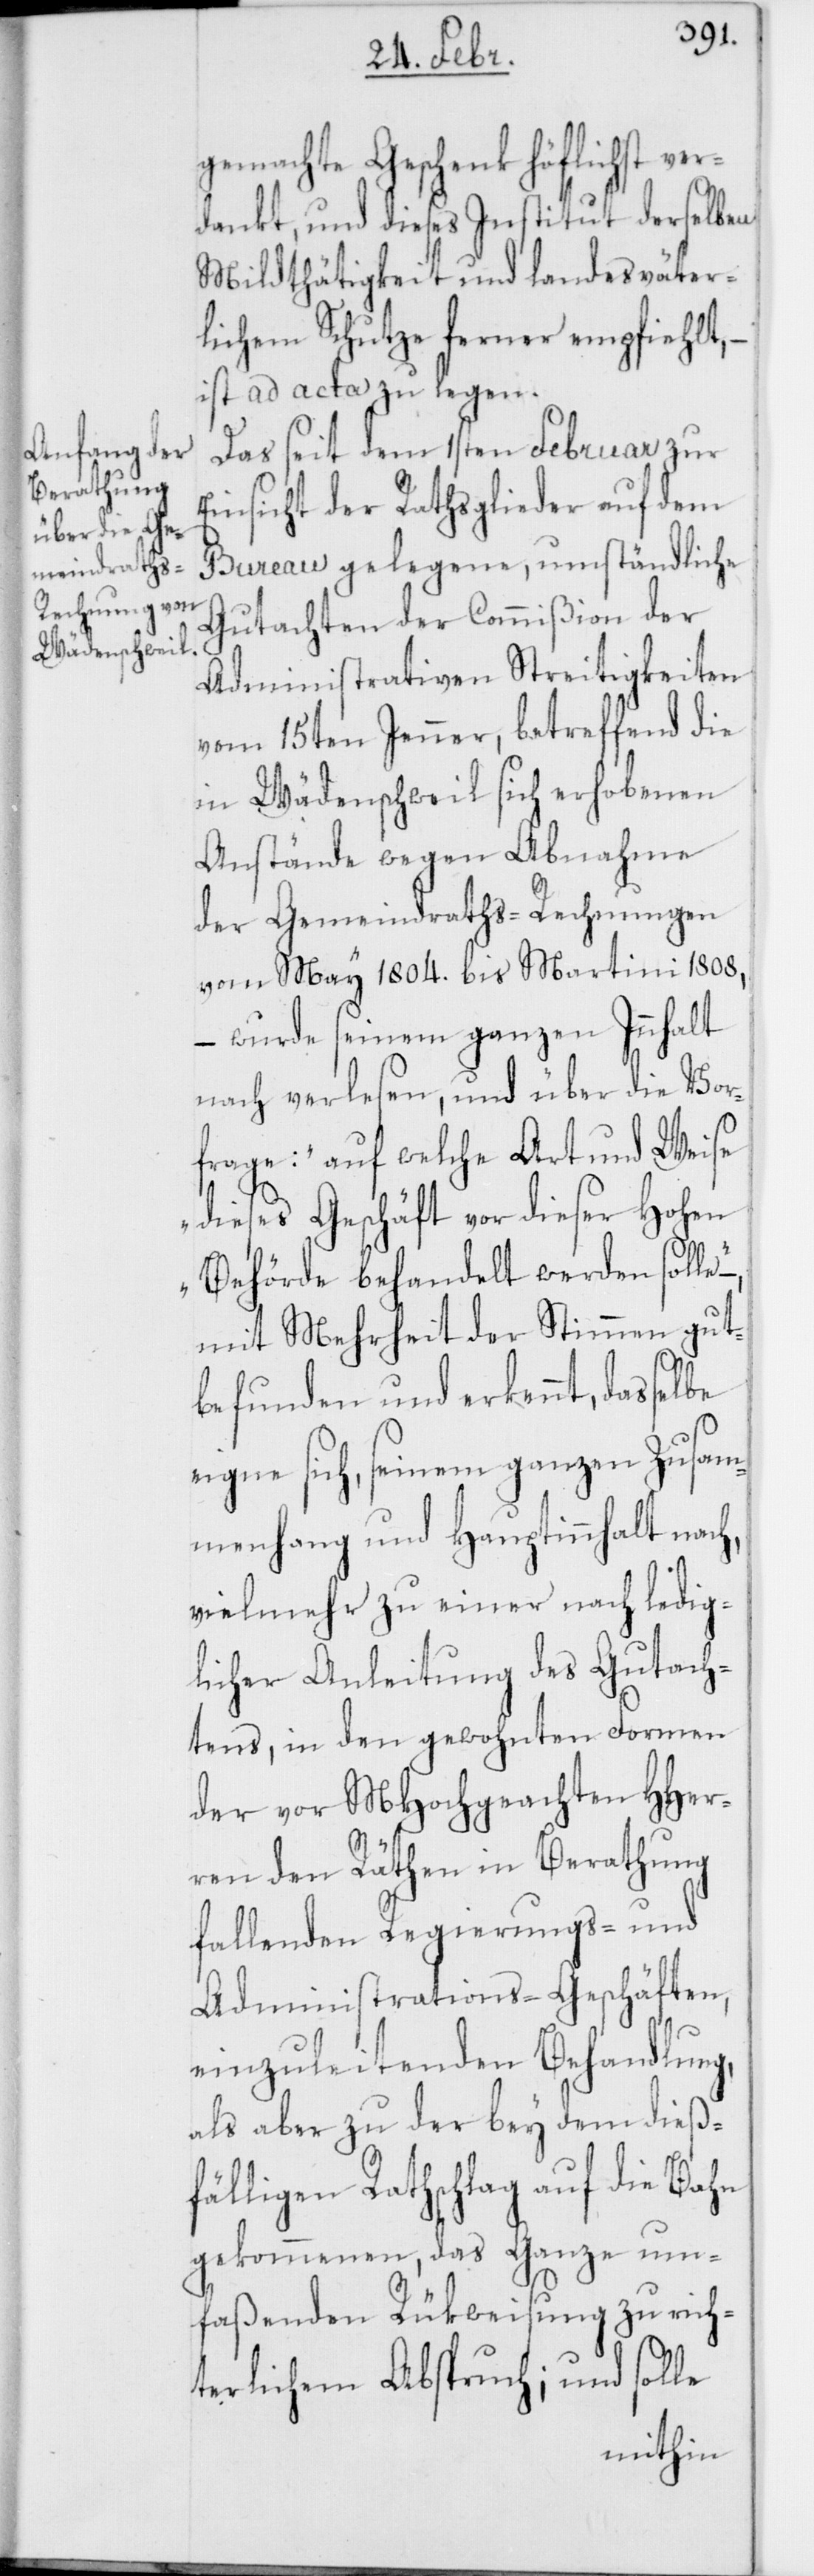
gemachte Geschenk höflichst ver¬
dankt, und dieses Institut derselben
Mildthätigkeit und landesväter¬
lichem Schutze ferner empfiehlt, –
ist ad acta zu legen.
Das seit dem 1sten Februar zur
Einsicht der Rathsglieder auf dem
Bureau gelegene, umständliche
Gutachten der Commißion der
Administrativen Streitigkeiten
vom 15ten Jenner, betreffend die
in Wädenschweil sich erhobenen
Anstände wegen Abnahme
der Gemeindraths-Rechnungen
vom May 1804. bis Martini 1808,
– wurde seinem ganzen Innhalt
nach verlesen, und über die Vor¬
frage: „Auf welche Art und Weise
dieses Geschäft vor dieser Hohen
Behörde behandelt werden solle,“
mit Mehrheit der Stimmen gut¬
befunden und erkennt, daßelbe
eigne sich, seinem ganzen Zusam¬
menhang und Hauptinnhalt nach,
vielmehr zu einer nach ledig¬
licher Anleitung des Gutach¬
tens, in den gewohnten Formen
der vor MHochgeachten HHer¬
ren den Räthen in Berathung
fallenden Regierungs- und
Administrations-Geschäften,
einzuleitenden Behandlung,
als aber zu der bey dem dieß¬
fälligen Rathschlag auf die Bahn
gekommenen, das Ganze um¬
faßenden Rükweisung zu rich¬
terlichem Abspruch; und solle